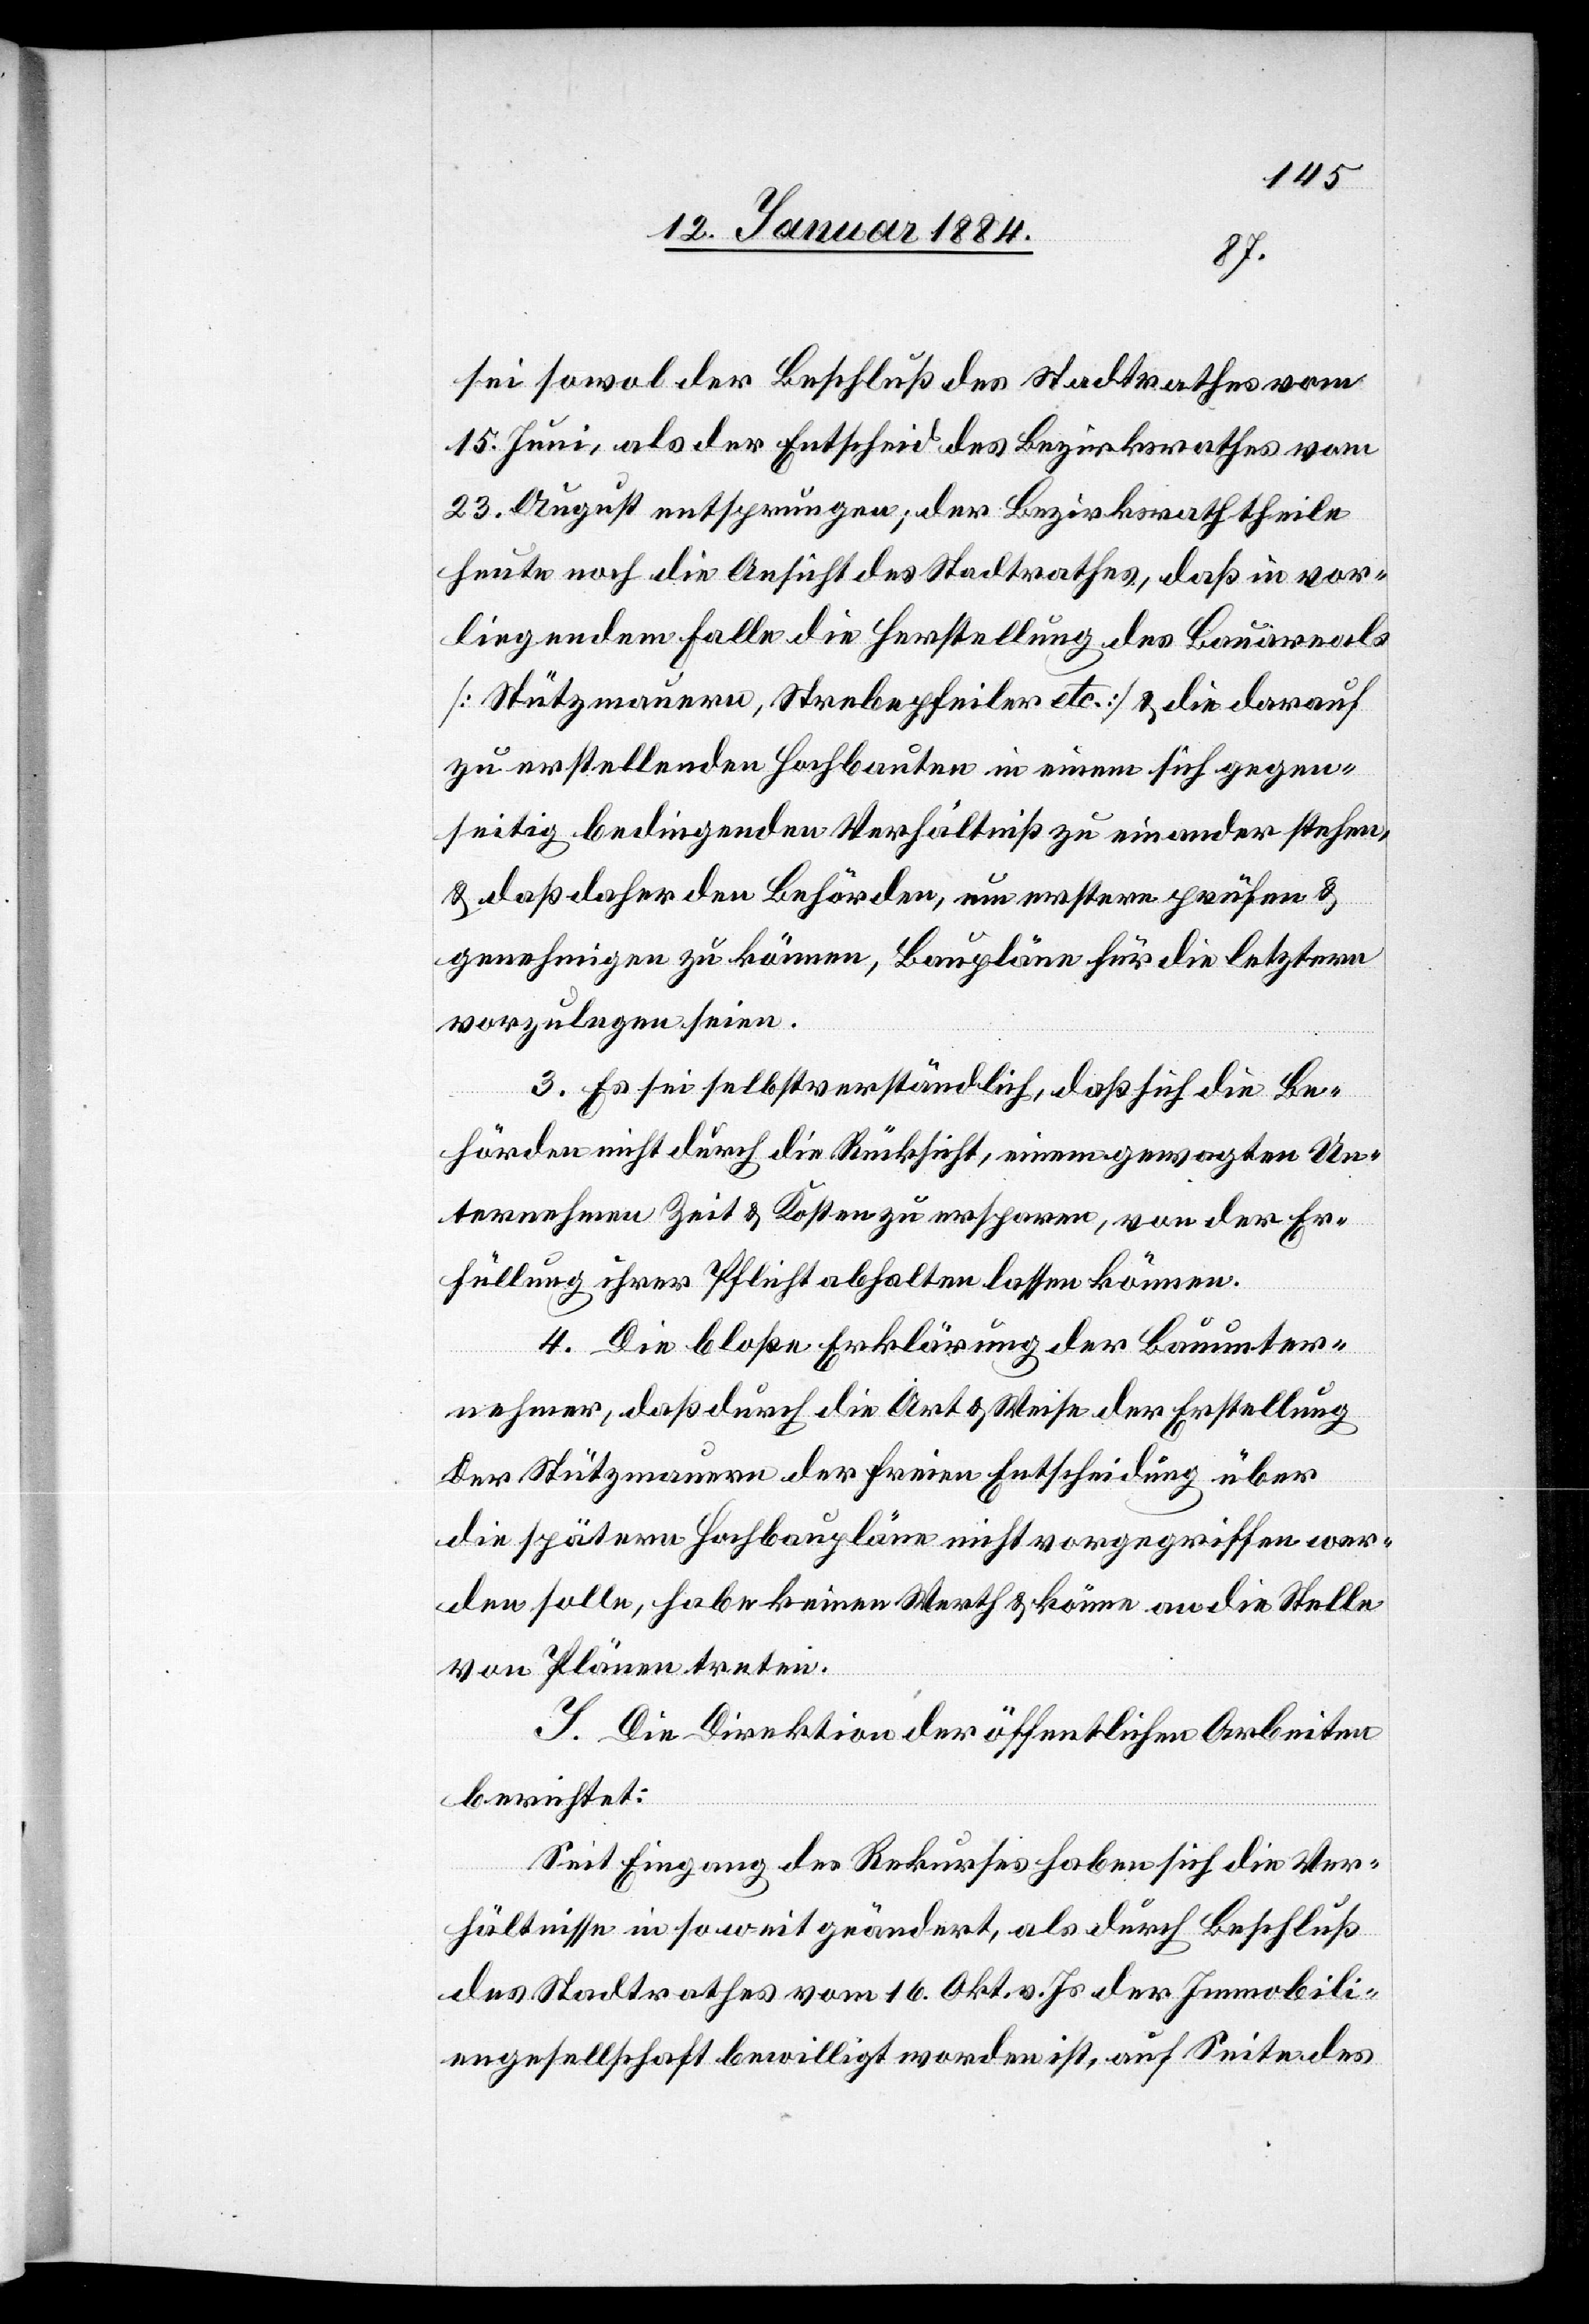
sei sowol der Beschluß des Stadtrathes vom
15. Juni, als der Entscheid des Bezirksrathes vom
23. August entsprungen; der Bezirksrath theile
heute noch die Ansicht des Stadtrathes, daß in vor¬
liegendem Falle die Herstellung des Bauareals
[Stützmauern, Strebepfeiler etc.] & die darauf
zu erstellenden Hochbauten in einem sich gegen¬
seitig bedingenden Verhältniß zu einander stehen,
& daß daher den Behörden, um erstere prüfen &
genehmigen zu können, Baupläne für die letztere
vorzulegen seien.
3. Es sei selbstverständlich, daß sich die Be¬
hörden nicht durch die Rücksicht, einem gewagten Un¬
ternehmen Zeit & Kosten zu ersparen, von der Er¬
füllung ihrer Pflicht abhalten lassen können.
4. Die bloße Erklärung der Bauunter¬
nehmer, daß durch die Art & Weise der Erstellung
der Stützmauern der freien Entscheidung über
die spätere Hochbaupläne nicht vorgegriffen wer¬
den solle, habe keinen Werth & könne nicht an die Stelle
von Plänen treten.
I. Die Direktion der öffentlichen Arbeiten
berichtet:
Seit Eingang des Rekurses haben sich die Ver¬
hältnisse insoweit geändert, als durch Beschluß
des Stadtrathes vom 16. Okt. v. Js. der Immobili¬
engesellschaft bewilligt worden ist, auf Seite des